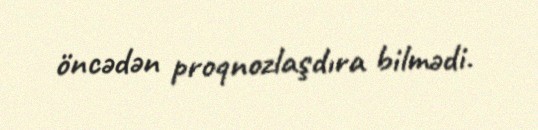
öncədən proqnozlaşdıra bilmədi.